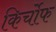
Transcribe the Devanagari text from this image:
किर्चोफ